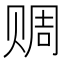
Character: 赒